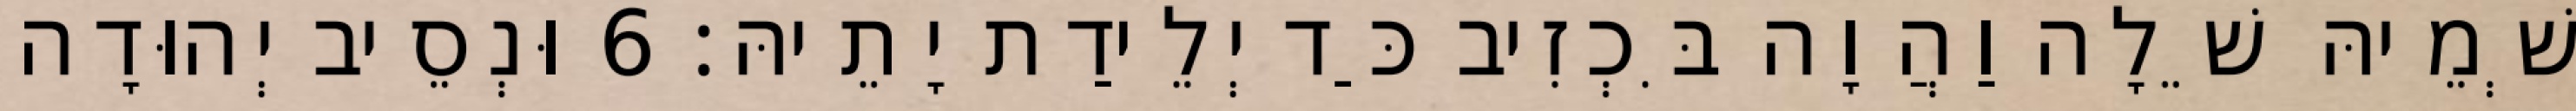
שְׁמֵיהּ שֵׁלָה וַהֲוָה בִּכְזִיב כַּד יְלֵידַת יָתֵיהּ׃ 6 וּנְסֵיב יְהוּדָה